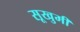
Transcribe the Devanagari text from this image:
सूखुमी